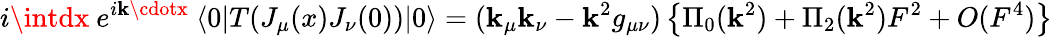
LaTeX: i\intdx~e^{i\mathbf{k}\cdotx}~\langle0|T(J_{\mu}(x)J_{\nu}(0))|0\rangle=(\mathbf{k}_{\mu}\mathbf{k}_{\nu}-\mathbf{k}^{2}g_{\mu\nu})\left\{ \Pi_{0}(\mathbf{k}^{2})+\Pi_{2}(\mathbf{k}^{2})F^{2}+O(F^{4})\right\}